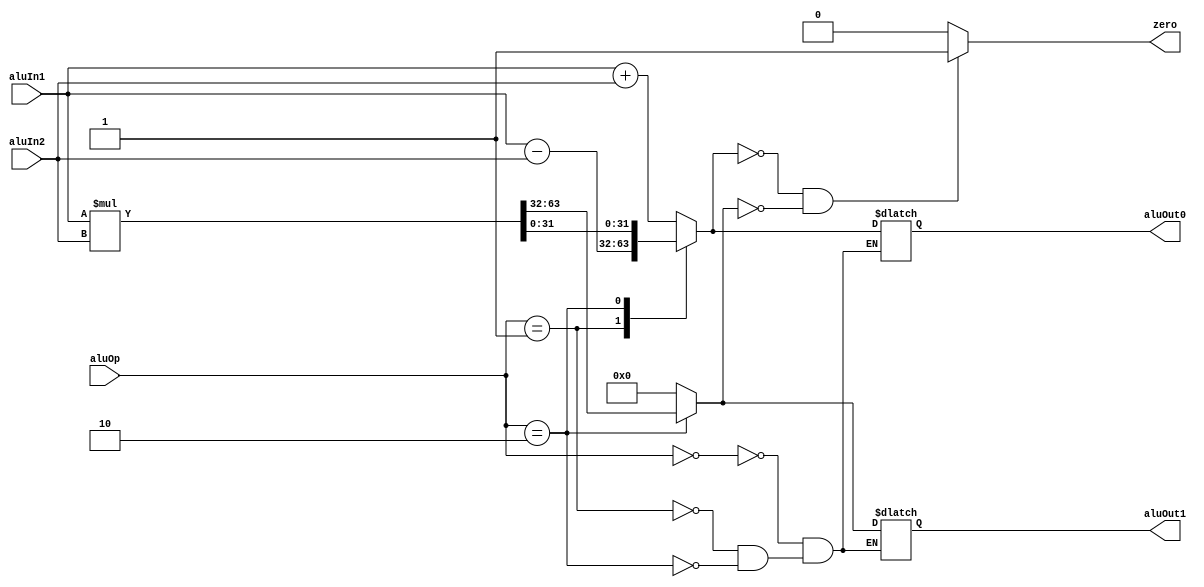
module alu(input [31:0] aluIn1, input [31:0] aluIn2, input [1:0] aluOp, output reg [31:0] aluOut0, output reg [31:0] aluOut1, output reg zero);
    
	// Write your code here
    // out0 corresponds to the lower 32 bits of the result
    // out1 corresponds to the higher 32 bits of the result

    reg [63:0] mul_temp;
	
    always @ (aluIn1, aluIn2, aluOp) begin
        casex (aluOp)
            2'b00: begin
                aluOut0 = aluIn1+aluIn2;
                aluOut1 = 32'h0;
            end
            2'b01: begin
                aluOut0 = aluIn1-aluIn2;
                aluOut1 = 32'h0;
            end
            2'b10: begin
                mul_temp = aluIn1*aluIn2;
                aluOut0 = mul_temp[31:0];
                aluOut1 = mul_temp[63:32];
            end
        endcase
        if(aluOut0 == 32'd0 && aluOut1 == 32'd0) begin
            zero = 1'b1;
        end else begin
            zero = 1'b0;
        end
    end

endmodule